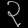
Digit: ၃